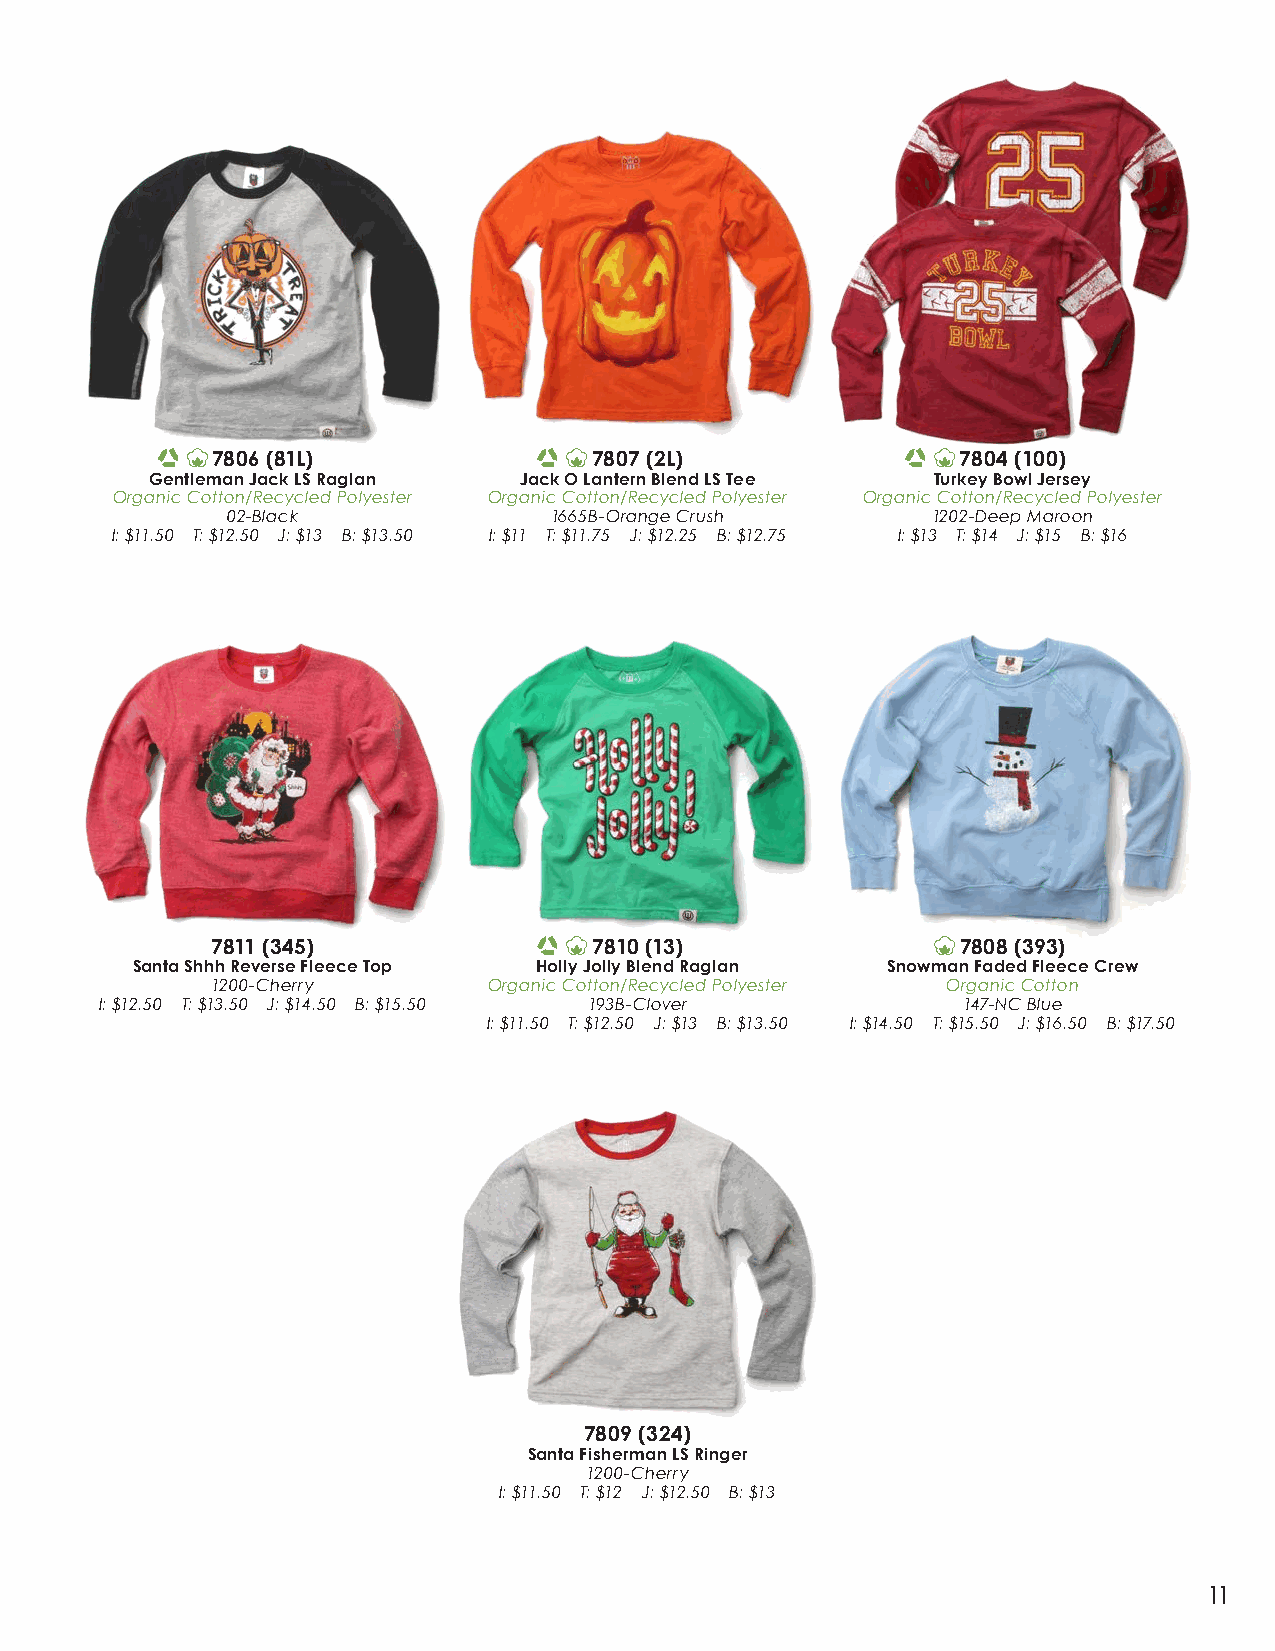
7806 (81L)               7807 (2L)                7804 (100)
 Gentleman Jack LS Raglan Jack O Lantern Blend LS Tee Turkey Bowl Jersey
 Organic Cotton/Recycled Polyester Organic Cotton/Recycled Polyester Organic Cotton/Recycled Polyester
 02-Black             1665B-Orange Crush        1202-Deep Maroon
 I: $11.50 T: $12.50 J: $13 B: $13.50 I: $11 T: $11.75 J: $12.25 B: $12.75 I: $13 T: $14 J: $15 B: $16
 7811 (345)               7810 (13)                7808 (393)
 Santa Shhh Reverse Fleece Top Holly Jolly Blend Raglan Snowman Faded Fleece Crew
 1200-Cherry       Organic Cotton/Recycled Polyester Organic Cotton
 I: $12.50 T: $13.50 J: $14.50 B: $15.50 193B-Clover      147-NC Blue
 I: $11.50 T: $12.50 J: $13 B: $13.50 I: $14.50 T: $15.50 J: $16.50 B: $17.50
 7809 (324)
 Santa Fisherman LS Ringer
 1200-Cherry
 I: $11.50 T: $12 J: $12.50 B: $13
 11